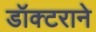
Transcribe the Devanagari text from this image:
डॉक्टराने